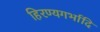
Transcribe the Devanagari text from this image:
हिरण्यगर्भादि